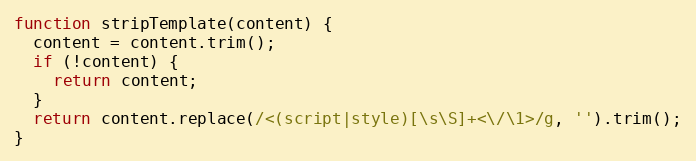
Language: JavaScript
function stripTemplate(content) {
  content = content.trim();
  if (!content) {
    return content;
  }
  return content.replace(/<(script|style)[\s\S]+<\/\1>/g, '').trim();
}